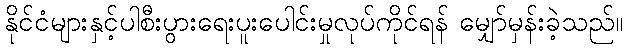
နိုင်ငံများနှင့်ပါစီးပွားရေးပူးပေါင်းမှုလုပ်ကိုင်ရန် မျှော်မှန်းခဲ့သည်။